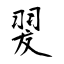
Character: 翇